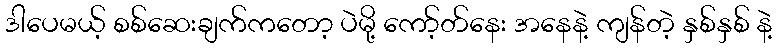
ဒါပေမယ့် စစ်ဆေးချက်ကတော့ ပဲမို့ ကော့်တ်နေး အနေနဲ့ ကျန်တဲ့ နှစ်နှစ် နဲ့